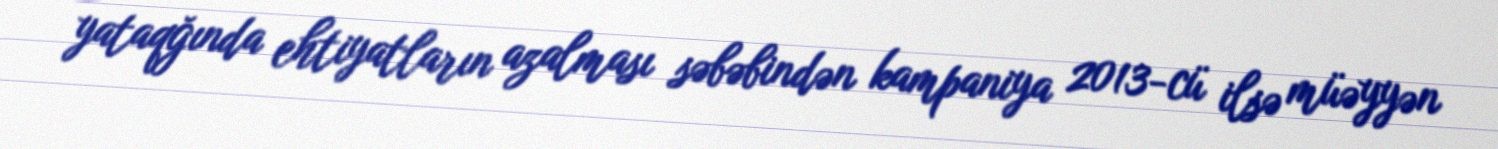
yataqğında ehtiyatların azalması səbəbindən kampaniya 2013-cü ilsə müəyyən